Calcutta medical institutions reports 1871-78
Year: 1871
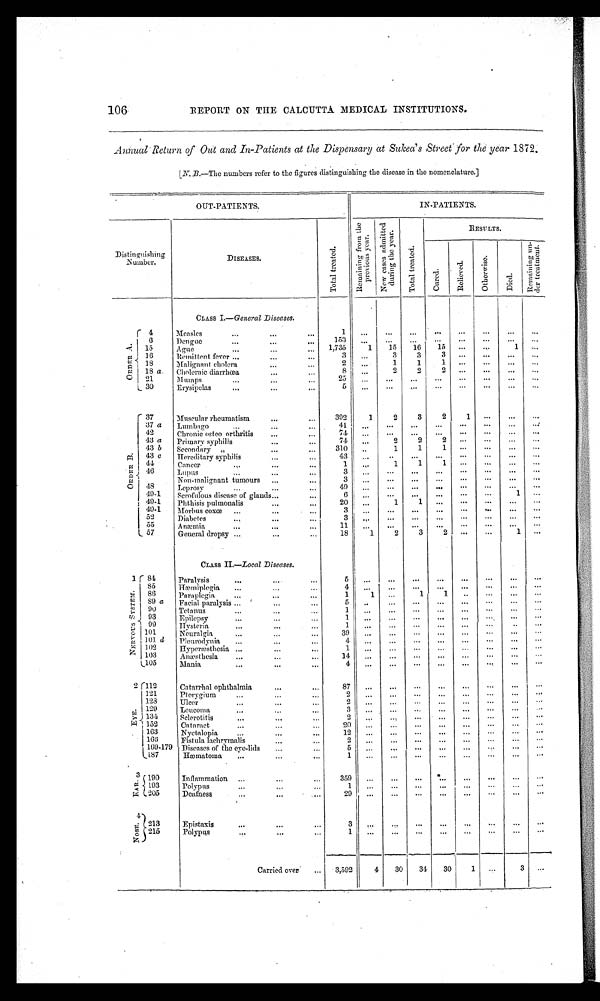
106
REPORT ON THE CALCUTTA MEDICAL INSTITUTIONS.
Annual Return of Out and In-Patients at the Dispensary at Sukea's Street for the year 1872.
[.N. B.—The numbers refer to the figures distinguishing the disease in the nomenclature.]
OUT-PATIENTS.
IN-PATIENTS.
Distinguishing
Number.
DISEASES.
T o t a l t r e a t e d .
R e m a i n i n g f r o m t h e
p r e v i o u s y e a r .
N e w c a s e s a d m i t t e d
d u r i n g t h e y e a r .
T o t a l t r e a t e d .
RESULTS.
Cur ed.
R e l i e v e d .
O t h e r w i s e .
Di ed.
Re ma i ni ng un-
der t r eat ment .
CLASS I.— General Diseases.
O R D E R A . 4
Measles
1
. . . ...
...
...
. . .
. . . ...
. . .
6
Dengue
153
. . .
. . . ...
...
. . .
. . . ...
. . .
15
Ague
1,735
1
15
16
15
. . .
. . .
1
. . .
16
Remittent fever
3
. . .
3
3
3
. . .
. . . ...
. . .
18
Malignant cholera
2
. . .
1
1
1
. . .
. . .
...
. . .
18 a Choleraic diarrhœa
8 ...
2
2
2
. . .
. . . ...
. . .
21
Mumps
25
. . . ...
...
...
. . .
. . . ...
. . .
30
Erysipelas
5
. . .
. . . ...
...
...
...
...
. . .
O R D E R B . 37
Muscular rheumatism
392
1
2
3
2
1
. . .
...
. . .
37 a Lumbago
41
. . .
. . . ...
...
. . .
. . . ...
. . .
42
Chronic osteo orthritis
74 ...
. . . ...
...
...
...
...
...
43 a Primary syphilis
74 ...
2
2
2
. . .
. . . ...
. . .
43 b
Secondary ,,
310 ...
1
1
1
. . .
. . . ...
. . .
43 c Hereditary syphilis
43
. . .
. . . ...
...
. . .
. . . ...
. . .
44
Cancer
1
. . .
1
1
1
. . .
. . . ...
. . .
46
Lupus
3
. . .
. . . ...
...
. . .
. . . ...
...
Non-malignant tumours
3 ...
...
...
...
. . .
. . . ...
...
48
Leprosy
49
. . .
. . . ...
...
. . .
. . . ...
...
49-1
Scrofulous disease of glands
6
. . . ...
...
...
. . .
. . .
1
. . .
49-1
Phthisis pulmonalis
20 ...
1
1
. . .
. . .
. . . ...
. . .
49-1
Morbus coxœ
3
. . .
. . . ...
...
. . .
. . . ...
. . .
52
Diabetes
3
. . . ...
...
...
. . .
. . . ...
...
55
Anæmia
11
. . .
. . .
...
...
. . .
. . . ...
. . .
57
General dropsy
18
1
2
3
2
. . .
. . .
1
. . .
CLASS II.—Local Diseases.
N E R V O U S S Y S T E M 1 84
Paralysis
5 ...
...
...
. . .
. . .
. . . ...
...
85
Hæmiplegia
4 ...
...
. . .
. . .
. . .
. . . ...
. . .
86
Paraplegia
1
1
. . .
1
1
. . .
. . .
. . .
. . .
89 a Facial paralysis
5 ...
...
...
. . .
. . .
. . . ...
. . .
90
Tetanus
1
. . . .. .
. . .
. . .
. . .
. . .
. . .
. . .
93
Epilepsy
1 ...
. . . ...
. . .
. . .
. . .
. . .
. . .
99
Hysteria
1
. . .
. . .
. . .
. . .
. . .
. . .
. . .
. . .
101
Neuralgia
39
. . .
. . .
. . .
. . .
. . .
. . .
. . .
. . .
101 d Pleurodynia
4
. . .
. . .
. . .
. . .
. . .
. . .
. . .
. . .
102
Hyperæsthesia
1
. . .
. . .
. . .
. . .
. . .
. . .
. . .
. . .
103
Anæsthesia
14
. . .
. . .
. . .
. . .
. . .
. . .
. . .
. . .
105
Mania
4
. . .
. . .
. . .
. . .
. . .
. . .
. . .
. . .
E Y E . 2 112
Catarrhal ophthalmia
87
. . .
. . .
. . .
. . .
. . .
. . .
. . .
. . .
121
Pterygium
2
. . . ...
...
...
. . .
. . .
. . .
. . .
128
Ulcer
2
. . .
. . .
. . .
. . .
. . .
. . .
. . .
. . .
129
Leucoma
3
. . .
. . .
. . .
. . .
. . .
. . .
. . .
. . .
134
Sclerotitis
2
. . .
. . .
. . .
. . .
. . .
. . .
. . .
. . .
152
Cataract
20
. . .
. . .
. . .
. . .
. . .
. . .
. . .
. . .
163
Nyctalopia
12
. . .
. . .
. . .
. . .
. . .
. . .
. . .
. . .
166
Fistula lachrymalis
2
. . .
. . .
. . .
. . .
. . .
. . .
. . .
. . .
169-179 Diseases of the eye-lids
5
. . .
. . .
. . .
. . .
. . .
. . .
. . .
. . .
187
Hæmatoma
1
. . .
. . .
. . .
. . .
. . .
. . .
. . .
. . .
E A R 3 190
Inflammation
359 ...
...
...
...
. . .
. . .
. . .
. . .
193
Polypus
1
...
...
. . .
. . .
. . .
. . .
. . .
. . .
205
Deafness
29
. . .
. . .
. . .
. . .
. . .
. . .
. . .
. . .
N O S E . 4 213
Epistaxis
3
...
. . .
. . .
. . .
. . .
. . .
. . .
. . .
215
Polypus
1
...
. . .
. . .
. . .
. . .
. . .
. . .
. . .
Carried over
3,592 4
30
34
30
1 . . .
3
. . .